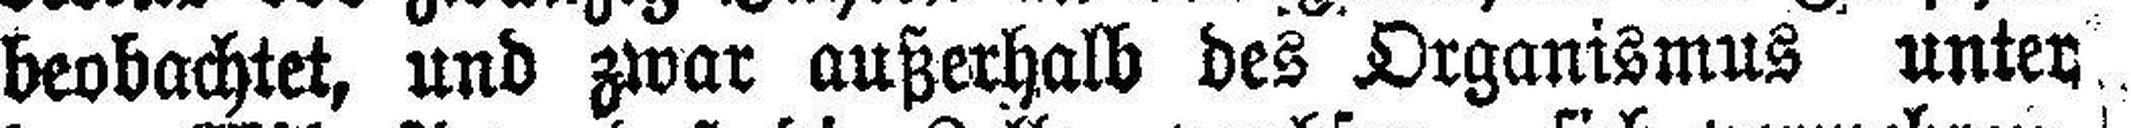
beobachtet, und zwar außerhalb des Organismus unter